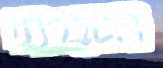
הסברתי